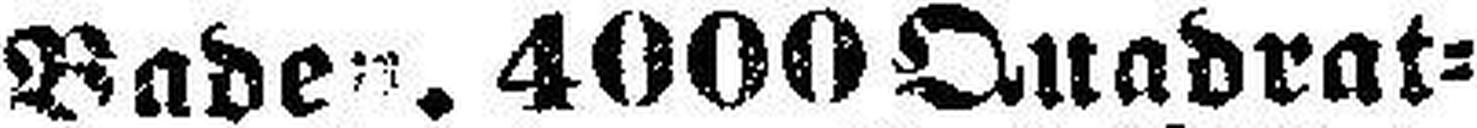
Baden. 4000 Quadrat¬